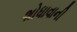
શોધાવાની